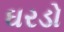
ઘરડો